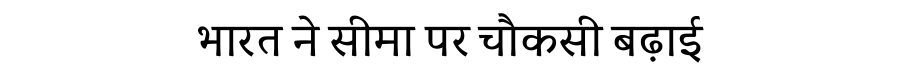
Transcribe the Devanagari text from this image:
भारत ने सीमा पर चौकसी बढ़ाई